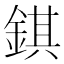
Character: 錤